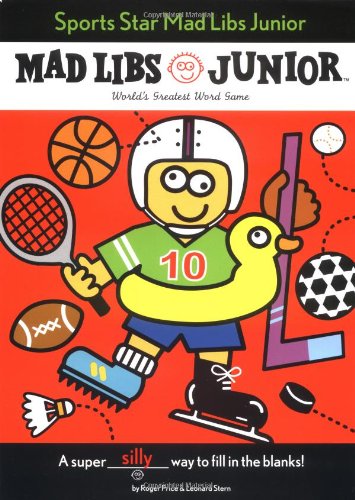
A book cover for Sports Star Mad Libs Junior; Roger Price; Children's Books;